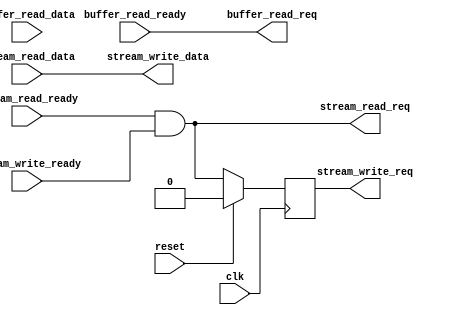
module loopback #(
// ******************************************************************
// Parameters
// ******************************************************************
  parameter integer AXI_DATA_W       = 64
) (
// ******************************************************************
// IO
// ******************************************************************
  input  wire                                         clk,
  input  wire                                         reset,

  input  wire                                         stream_read_ready,
  output wire                                         stream_read_req,
  input  wire  [ AXI_DATA_W           -1 : 0 ]        stream_read_data,

  input  wire                                         buffer_read_ready,
  output wire                                         buffer_read_req,
  input  wire  [ AXI_DATA_W           -1 : 0 ]        buffer_read_data,

  input  wire                                         stream_write_ready,
  output wire                                         stream_write_req,
  output wire  [ AXI_DATA_W           -1 : 0 ]        stream_write_data
);
// ******************************************************************
// Regs and Wires
// ******************************************************************
  reg stream_read_req_d;
  reg stream_read_req_dd;
  reg [AXI_DATA_W-1:0] stream_read_data_d;
// ******************************************************************

// ==================================================================
  always @(posedge clk)
  begin
    if (reset) begin
      stream_read_req_d <= 1'b0;
      stream_read_data_d <= 'b0;
    end else begin
      stream_read_req_d <= stream_read_req;
      stream_read_data_d <= stream_read_data;
    end
  end

  // loop back stream reads
  assign stream_read_req = stream_read_ready && stream_write_ready;
  assign stream_write_req = stream_read_req_d;
  assign stream_write_data = stream_read_data;

  // discard buffer reads
  assign buffer_read_req = buffer_read_ready;
// ==================================================================

endmodule